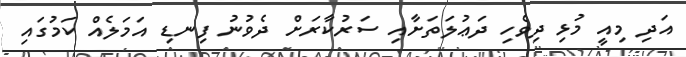
އަދި މިއީ މުޅި ދިވެހި ދަޢުލަތަށާއި ސަރުކާރަށް ދެވުނު ފިނޑި އަމަލެއް ކަމުގައި